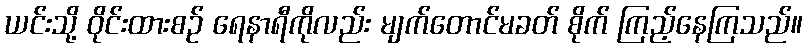
ယင်းသို့ ဝိုင်းထားစဉ် ရေနာရီကိုလည်း မျက်တောင်မခတ် စိုက် ကြည့်နေကြသည်။